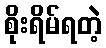
စိုးရိမ်ရတဲ့